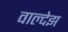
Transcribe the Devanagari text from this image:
वाल्देझ